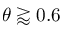
\theta \gtrapprox 0 . 6